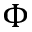
\Phi